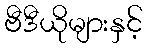
ဗီဒီယိုများနှင့်